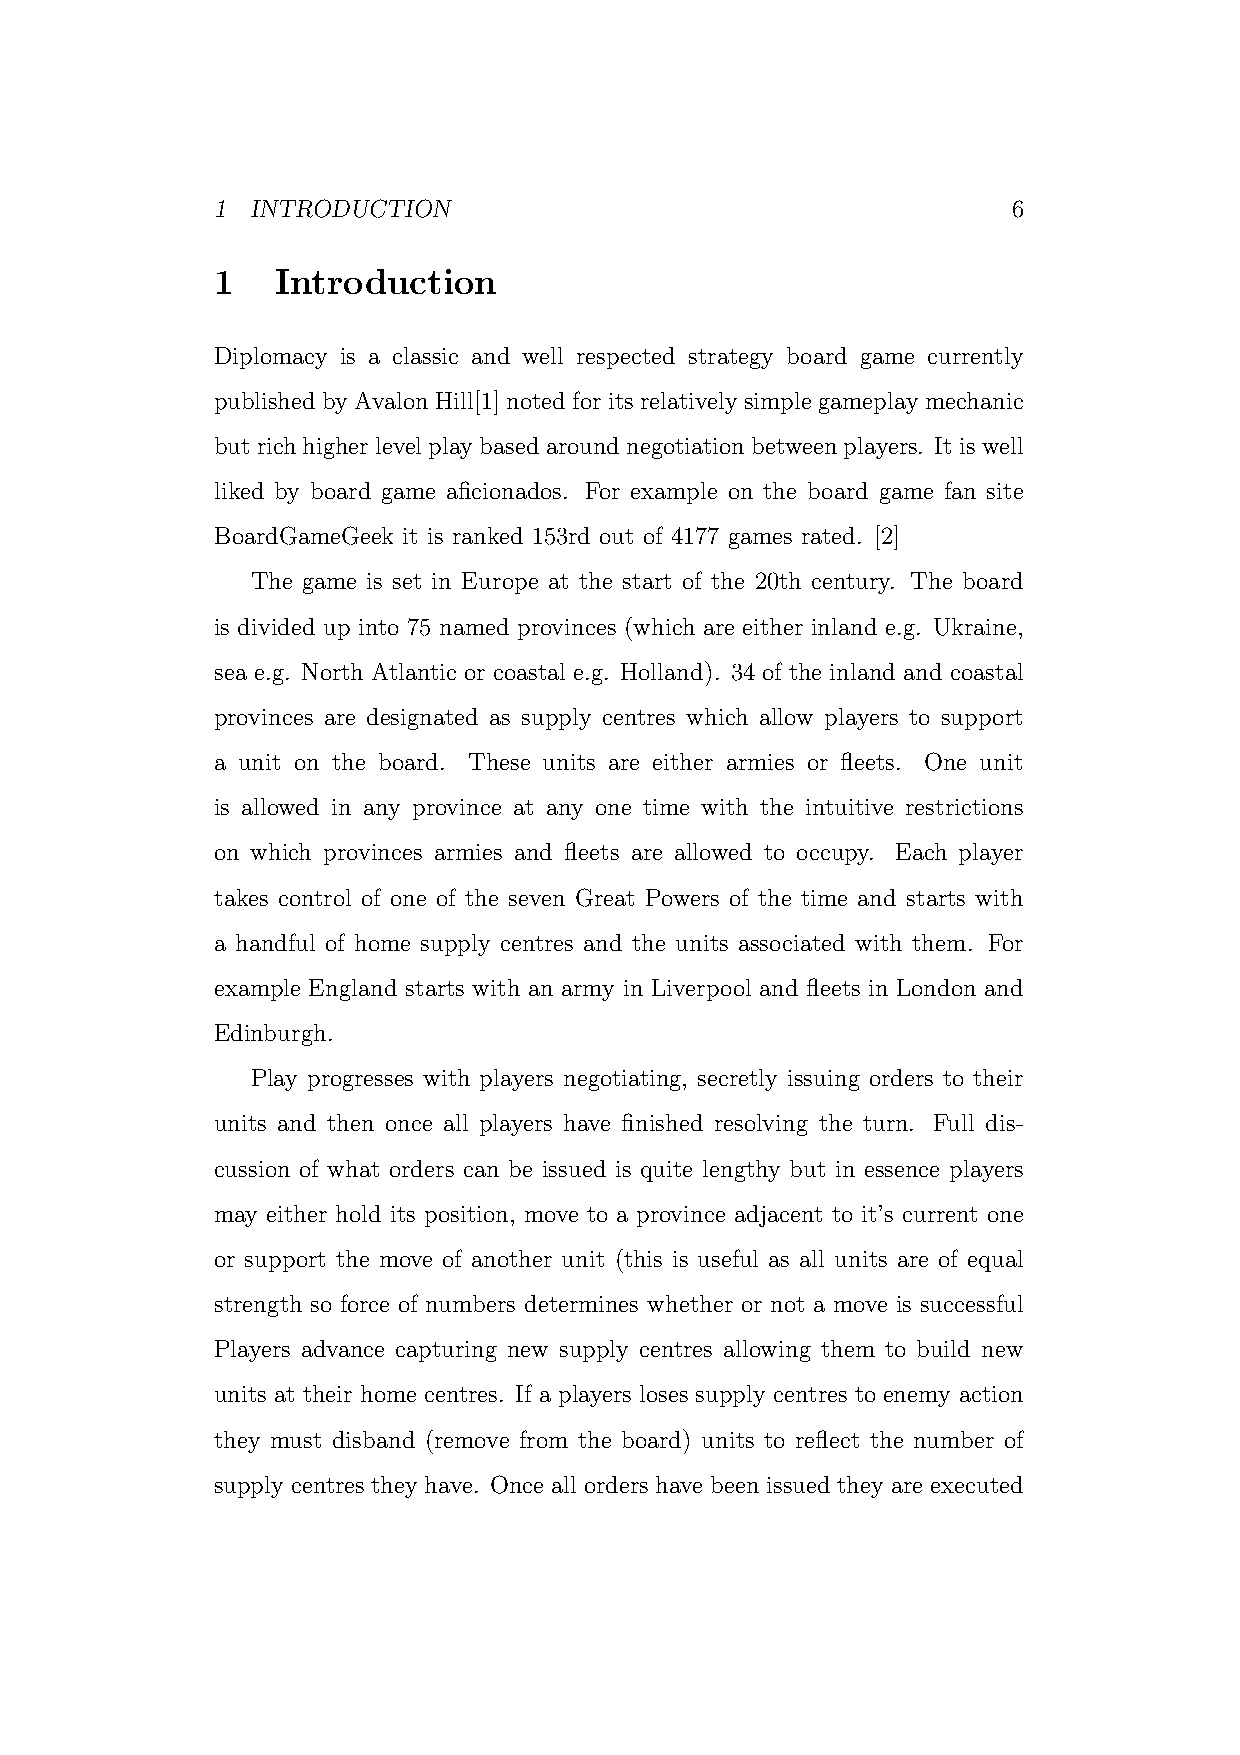
1  INTRODUCTION                                      6
 1   Introduction
 Diplomacy is a classic and well respected strategy board game currently
 published by Avalon Hill[1] noted for its relatively simple gameplay mechanic
 butrichhigherlevelplaybasedaroundnegotiationbetweenplayers. Itiswell
 liked by board game aficionados. For example on the board game fan site
 BoardGameGeek it is ranked 153rd out of 4177 games rated. [2]
 The game is set in Europe at the start of the 20th century. The board
 is divided up into 75 named provinces (which are either inland e.g. Ukraine,
 sea e.g. North Atlantic or coastal e.g. Holland). 34 of the inland and coastal
 provinces are designated as supply centres which allow players to support
 a unit on the board. These units are either armies or fleets. One unit
 is allowed in any province at any one time with the intuitive restrictions
 on which provinces armies and fleets are allowed to occupy. Each player
 takes control of one of the seven Great Powers of the time and starts with
 a handful of home supply centres and the units associated with them. For
 example England starts with an army in Liverpool and fleets in London and
 Edinburgh.
 Play progresses with players negotiating, secretly issuing orders to their
 units and then once all players have finished resolving the turn. Full dis-
 cussion of what orders can be issued is quite lengthy but in essence players
 may either hold its position, move to a province adjacent to it’s current one
 or support the move of another unit (this is useful as all units are of equal
 strength so force of numbers determines whether or not a move is successful
 Players advance capturing new supply centres allowing them to build new
 units at their home centres. If a players loses supply centres to enemy action
 they must disband (remove from the board) units to reflect the number of
 supply centres they have. Once all orders have been issued they are executed